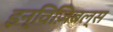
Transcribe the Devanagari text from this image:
इन्विज़िबल्स